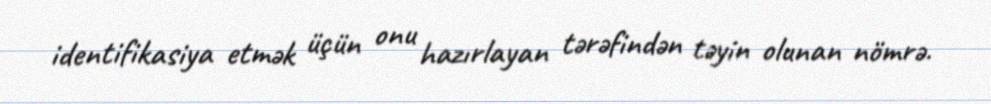
identifikasiya etmək üçün onu hazırlayan tərəfindən təyin olunan nömrə.